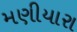
મણીયારા